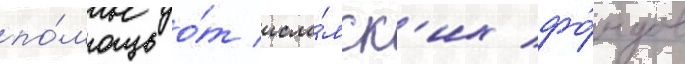
по́мощь о́т исла́мск'их фо́ндов